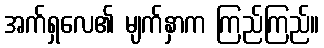
အက်ရှလေ၏ မျက်နှာက ကြည်ကြည်။